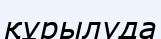
құрылуда